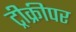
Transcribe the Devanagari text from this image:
ट्रीक्रीपर